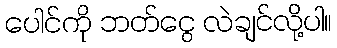
ပေါင်ကို ဘတ်ငွေ လဲချင်လို့ပါ။